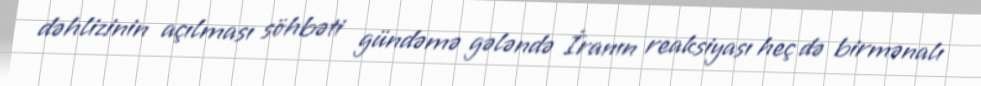
dəhlizinin açılması söhbəti gündəmə gələndə İranın reaksiyası heç də birmənalı